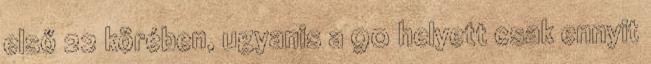
első 22 körében, ugyanis a 90 helyett csak ennyit